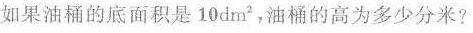
如果油桶的底面积是10dm²，油桶的高为多少分米？